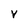
Character: V